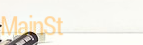
MainSt